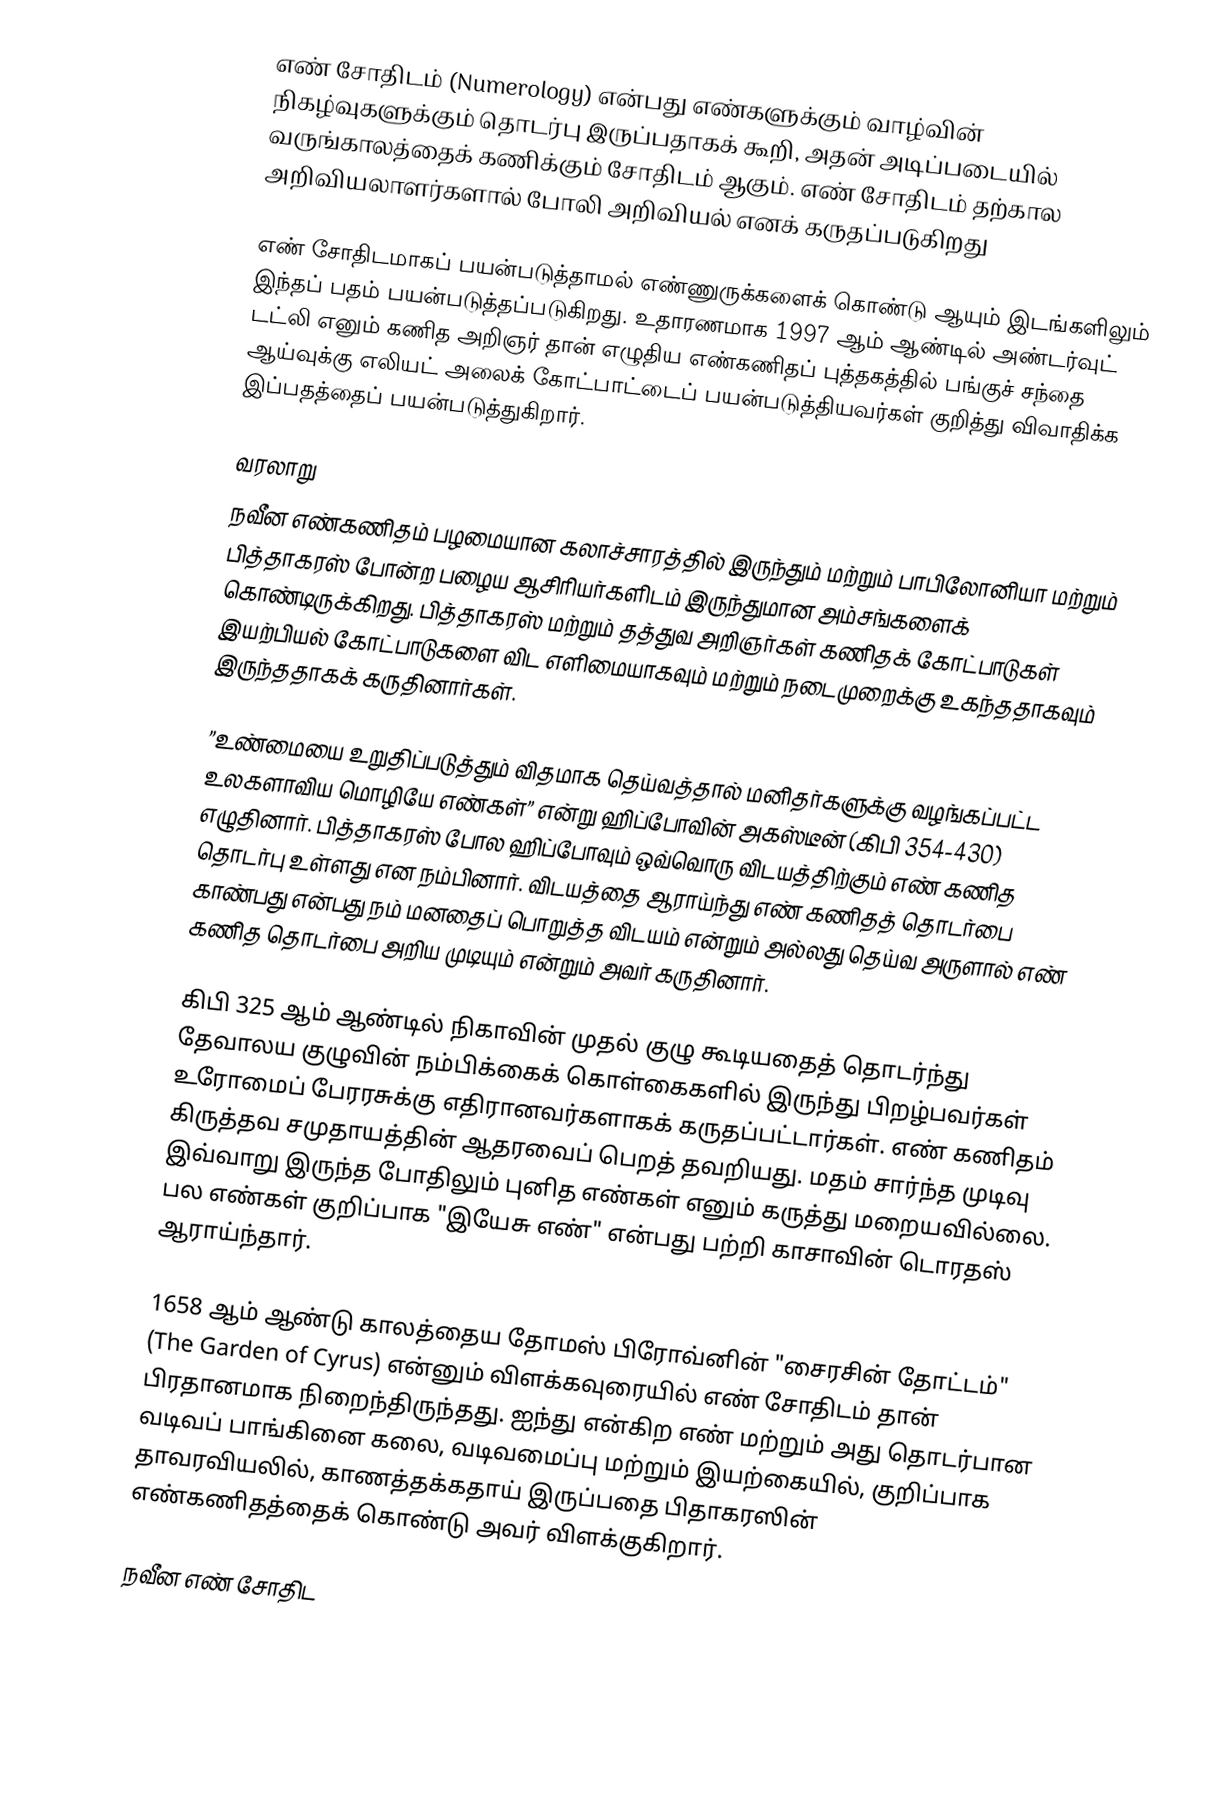
எண் சோதிடம் (Numerology) என்பது எண்களுக்கும் வாழ்வின் நிகழ்வுகளுக்கும் தொடர்பு இருப்பதாகக் கூறி, அதன் அடிப்படையில் வருங்காலத்தைக் கணிக்கும் சோதிடம் ஆகும். எண் சோதிடம் தற்கால அறிவியலாளர்களால் போலி அறிவியல் எனக் கருதப்படுகிறது

எண் சோதிடமாகப் பயன்படுத்தாமல் எண்ணுருக்களைக் கொண்டு ஆயும் இடங்களிலும் இந்தப் பதம் பயன்படுத்தப்படுகிறது. உதாரணமாக 1997 ஆம் ஆண்டில் அண்டர்வுட் டட்லி எனும் கணித அறிஞர் தான் எழுதிய எண்கணிதப் புத்தகத்தில் பங்குச் சந்தை ஆய்வுக்கு எலியட் அலைக் கோட்பாட்டைப் பயன்படுத்தியவர்கள் குறித்து விவாதிக்க இப்பதத்தைப் பயன்படுத்துகிறார்.

வரலாறு
நவீன எண்கணிதம் பழமையான கலாச்சாரத்தில் இருந்தும் மற்றும் பாபிலோனியா மற்றும் பித்தாகரஸ் போன்ற பழைய ஆசிரியர்களிடம் இருந்துமான அம்சங்களைக் கொண்டிருக்கிறது. பித்தாகரஸ் மற்றும் தத்துவ அறிஞர்கள் கணிதக் கோட்பாடுகள் இயற்பியல் கோட்பாடுகளை விட எளிமையாகவும் மற்றும் நடைமுறைக்கு உகந்ததாகவும் இருந்ததாகக் கருதினார்கள்.

”உண்மையை உறுதிப்படுத்தும் விதமாக தெய்வத்தால் மனிதர்களுக்கு வழங்கப்பட்ட உலகளாவிய மொழியே எண்கள்” என்று ஹிப்போவின் அகஸ்டீன் (கிபி 354-430) எழுதினார். பித்தாகரஸ் போல ஹிப்போவும் ஒவ்வொரு விடயத்திற்கும் எண் கணித தொடர்பு உள்ளது என நம்பினார். விடயத்தை ஆராய்ந்து எண் கணிதத் தொடர்பை காண்பது என்பது நம் மனதைப் பொறுத்த விடயம் என்றும் அல்லது தெய்வ அருளால் எண் கணித தொடர்பை அறிய முடியும் என்றும் அவர் கருதினார்.

கிபி 325 ஆம் ஆண்டில் நிகாவின் முதல் குழு கூடியதைத் தொடர்ந்து தேவாலய குழுவின் நம்பிக்கைக் கொள்கைகளில் இருந்து பிறழ்பவர்கள் உரோமைப் பேரரசுக்கு எதிரானவர்களாகக் கருதப்பட்டார்கள். எண் கணிதம் கிருத்தவ சமுதாயத்தின் ஆதரவைப் பெறத் தவறியது.   மதம் சார்ந்த முடிவு இவ்வாறு இருந்த போதிலும் புனித எண்கள் எனும் கருத்து மறையவில்லை. பல எண்கள் குறிப்பாக "இயேசு எண்" என்பது பற்றி காசாவின் டொரதஸ் ஆராய்ந்தார்.

1658 ஆம் ஆண்டு காலத்தைய தோமஸ் பிரோவ்னின் "சைரசின் தோட்டம்" (The Garden of Cyrus) என்னும் விளக்கவுரையில் எண் சோதிடம் தான் பிரதானமாக நிறைந்திருந்தது. ஐந்து என்கிற எண் மற்றும் அது தொடர்பான வடிவப் பாங்கினை கலை, வடிவமைப்பு மற்றும் இயற்கையில், குறிப்பாக தாவரவியலில், காணத்தக்கதாய் இருப்பதை பிதாகரஸின் எண்கணிதத்தைக் கொண்டு அவர் விளக்குகிறார்.

நவீன எண் சோதிட